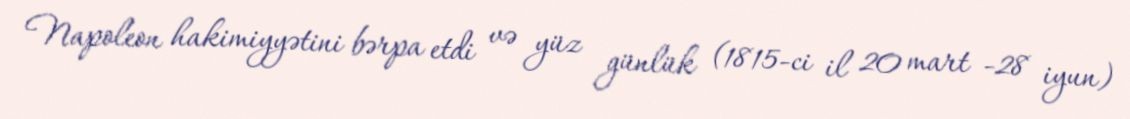
Napoleon hakimiyyətini bərpa etdi və yüz günlük (1815-ci il 20 mart −28 iyun)